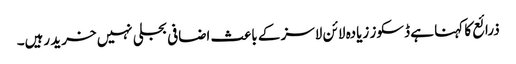
ذرائع کا کہنا ہے ڈسکوز زیادہ لائن لاسز کے باعث اضافی بجلی نہیں خرید رہیں۔